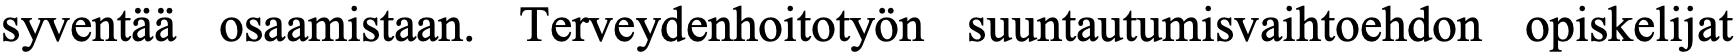
syventää osaamistaan. Terveydenhoitotyön suuntautumisvaihtoehdon opiskelijat